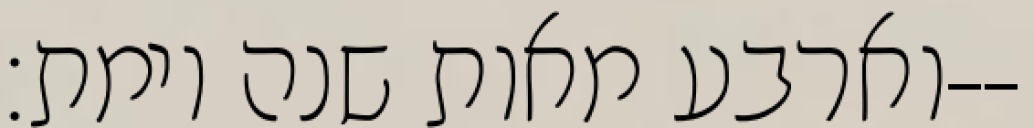
וארבע מאות שנה וימת׃--